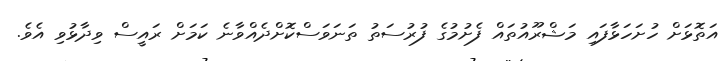
އަތޮޅަށް ހުށަހަޅާފައި މަޝްރޫއުތައް ފެށުމުގެ ފުރުސަތު ތަނަވަސްކޮށްދެއްވާނެ ކަމަށް ރައީސް ވިދާޅުވި އެވެ.